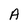
Character: A